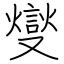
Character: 燮